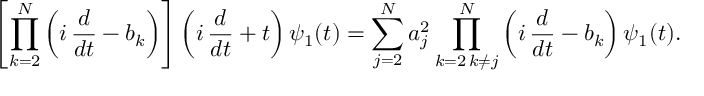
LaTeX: \left[ \prod _ { k = 2 } ^ { N } \left( i \, \frac { d } { d t } - b _ { k } \right) \right] \left( i \, \frac { d } { d t } + t \right) \psi _ { 1 } ( t ) = \sum _ { j = 2 } ^ { N } a _ { j } ^ { 2 } \prod _ { \substack { k = 2 \, k \ne j } } ^ { N } \left( i \, \frac { d } { d t } - b _ { k } \right) \psi _ { 1 } ( t ) .